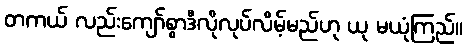
တကယ် လည်းကျော်စွာဒီလိုလုပ်လိမ့်မည်ဟု ယု မယုံကြည်။